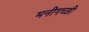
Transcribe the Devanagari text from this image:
मनीगच्छी